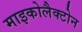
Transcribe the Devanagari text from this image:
माइकोलैक्टोन